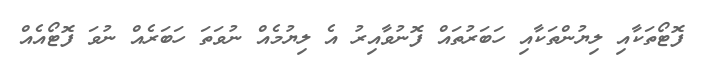
ފޮޓޯތަކާއި ލިޔުންތަކާއި ހަބަރުތައް ފޮނުވާއިރު އެ ލިޔުމެއް ނުވަތަ ހަބަރެއް ނުވަ ފޮޓޯއެއް